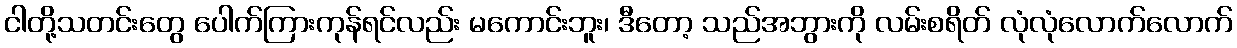
ငါတို့သတင်းတွေ ပေါက်ကြားကုန်ရင်လည်း မကောင်းဘူး၊ ဒီတော့ သည်အဘွားကို လမ်းစရိတ် လုံလုံလောက်လောက်